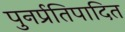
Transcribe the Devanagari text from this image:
पुनर्प्रतिपादित